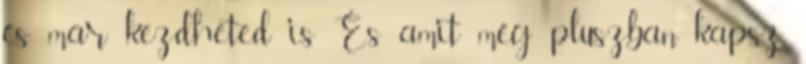
és már kezdheted is És amit még pluszban kapsz,